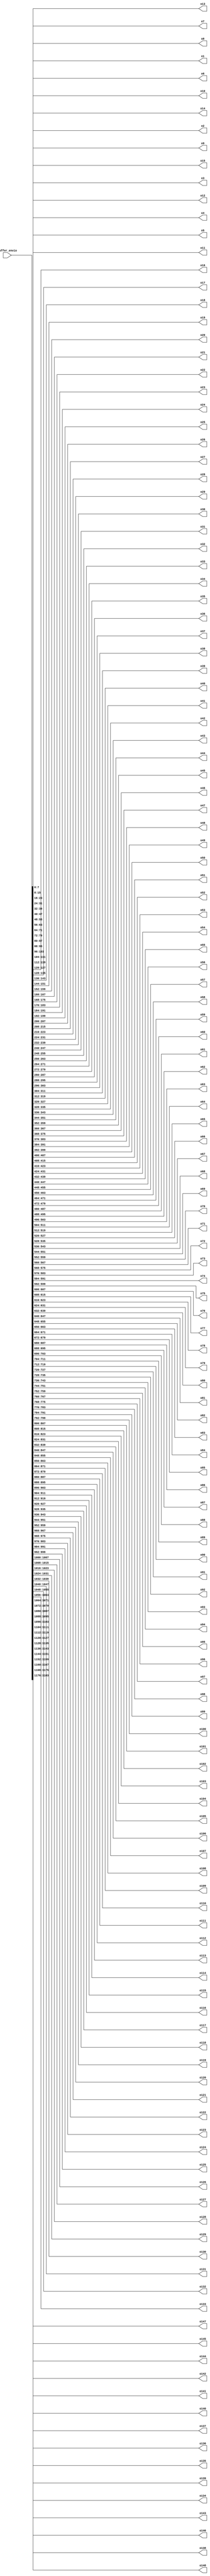
`timescale 1ns / 1ps
//////////////////////////////////////////////////////////////////////////////////
// Company: 
// Engineer: 
// 
// Design Name: 
// Module Name:    divisor_black 
// Project Name: 
// Target Devices: 
// Tool versions: 
// Description: 
//
// Dependencies: 
//
// Revision: 
// Revision 0.01 - File Created
// Additional Comments: 
//
//////////////////////////////////////////////////////////////////////////////////
module divisor_black(
	input wire [1183:0]buffer_envio,
	output reg [7:0]o1,
	output reg [7:0]o2,
	output reg [7:0]o3,
	output reg [7:0]o4,
	output reg [7:0]o5,
	output reg [7:0]o6,
	output reg [7:0]o7,
	output reg [7:0]o8,
	output reg [7:0]o9,
	output reg [7:0]o10,
	output reg [7:0]o11,
	output reg [7:0]o12,
	output reg [7:0]o13,
	output reg [7:0]o14,
	output reg [7:0]o15,
	output reg [7:0]o16,
	output reg [7:0]o17,
	output reg [7:0]o18,
	output reg [7:0]o19,
	output reg [7:0]o20,
	output reg [7:0]o21,
	output reg [7:0]o22,
	output reg [7:0]o23,
	output reg [7:0]o24,
	output reg [7:0]o25,
	output reg [7:0]o26,
	output reg [7:0]o27,
	output reg [7:0]o28,
	output reg [7:0]o29,
	output reg [7:0]o30,
	output reg [7:0]o31,
	output reg [7:0]o32,
	output reg [7:0]o33,
	output reg [7:0]o34,
	output reg [7:0]o35,
	output reg [7:0]o36,
	output reg [7:0]o37,
	output reg [7:0]o38,
	output reg [7:0]o39,
	output reg [7:0]o40,
	output reg [7:0]o41,
	output reg [7:0]o42,
	output reg [7:0]o43,
	output reg [7:0]o44,
	output reg [7:0]o45,
	output reg [7:0]o46,
	output reg [7:0]o47,
	output reg [7:0]o48,
	output reg [7:0]o49,
	output reg [7:0]o50,
	output reg [7:0]o51,
	output reg [7:0]o52,
	output reg [7:0]o53,
	output reg [7:0]o54,
	output reg [7:0]o55,
	output reg [7:0]o56,
	output reg [7:0]o57,
	output reg [7:0]o58,
	output reg [7:0]o59,
	output reg [7:0]o60,
	output reg [7:0]o61,
	output reg [7:0]o62,
	output reg [7:0]o63,
	output reg [7:0]o64,
	output reg [7:0]o65,
	output reg [7:0]o66,
	output reg [7:0]o67,
	output reg [7:0]o68,
	output reg [7:0]o69,
	output reg [7:0]o70,
	output reg [7:0]o71,
	output reg [7:0]o72,
	output reg [7:0]o73,
	output reg [7:0]o74,
	output reg [7:0]o75,
	output reg [7:0]o76,
	output reg [7:0]o77,
	output reg [7:0]o78,
	output reg [7:0]o79,
	output reg [7:0]o80,
	output reg [7:0]o81,
	output reg [7:0]o82,
	output reg [7:0]o83,
	output reg [7:0]o84,
	output reg [7:0]o85,
	output reg [7:0]o86,
	output reg [7:0]o87,
	output reg [7:0]o88,
	output reg [7:0]o89,
	output reg [7:0]o90,
	output reg [7:0]o91,
	output reg [7:0]o92,
	output reg [7:0]o93,
	output reg [7:0]o94,
	output reg [7:0]o95,
	output reg [7:0]o96,
	output reg [7:0]o97,
	output reg [7:0]o98,
	output reg [7:0]o99,
	output reg [7:0]o100,
	output reg [7:0]o101,
	output reg [7:0]o102,
	output reg [7:0]o103,
	output reg [7:0]o104,
	output reg [7:0]o105,
	output reg [7:0]o106,
	output reg [7:0]o107,
	output reg [7:0]o108,
	output reg [7:0]o109,
	output reg [7:0]o110,
	output reg [7:0]o111,
	output reg [7:0]o112,
	output reg [7:0]o113,
	output reg [7:0]o114,
	output reg [7:0]o115,
	output reg [7:0]o116,
	output reg [7:0]o117,
	output reg [7:0]o118,
	output reg [7:0]o119,
	output reg [7:0]o120,
	output reg [7:0]o121,
	output reg [7:0]o122,
	output reg [7:0]o123,
	output reg [7:0]o124,
	output reg [7:0]o125,
	output reg [7:0]o126,
	output reg [7:0]o127,
	output reg [7:0]o128,
	output reg [7:0]o129,
	output reg [7:0]o130,
	output reg [7:0]o131,
	output reg [7:0]o132,
	output reg [7:0]o133,
	output reg [7:0]o134,
	output reg [7:0]o135,
	output reg [7:0]o136,
	output reg [7:0]o137,
	output reg [7:0]o138,
	output reg [7:0]o139,
	output reg [7:0]o140,
	output reg [7:0]o141,
	output reg [7:0]o142,
	output reg [7:0]o143,
	output reg [7:0]o144,
	output reg [7:0]o145,
	output reg [7:0]o146,
	output reg [7:0]o147,
	output reg [7:0]o148
 );

always@(*)
begin
	o1 <= buffer_envio[7:0];
	o2 <= buffer_envio[15:8];
	o3 <= buffer_envio[23:16];
	o4 <= buffer_envio[31:24];
	o5 <= buffer_envio[39:32];
	o6 <= buffer_envio[47:40];
	o7 <= buffer_envio[55:48];
	o8 <= buffer_envio[63:56];
	o9 <= buffer_envio[71:64];
	o10 <= buffer_envio[79:72];
	o11 <= buffer_envio[87:80];
	o12 <= buffer_envio[95:88];
	o13 <= buffer_envio[103:96];
	o14 <= buffer_envio[111:104];
	o15 <= buffer_envio[119:112];
	o16 <= buffer_envio[127:120];
	o17 <= buffer_envio[135:128];
	o18 <= buffer_envio[143:136];
	o19 <= buffer_envio[151:144];
	o20 <= buffer_envio[159:152];
	o21 <= buffer_envio[167:160];
	o22 <= buffer_envio[175:168];
	o23 <= buffer_envio[183:176];
	o24 <= buffer_envio[191:184];
	o25 <= buffer_envio[199:192];
	o26 <= buffer_envio[207:200];
	o27 <= buffer_envio[215:208];
	o28 <= buffer_envio[223:216];
	o29 <= buffer_envio[231:224];
	o30 <= buffer_envio[239:232];
	o31 <= buffer_envio[247:240];
	o32 <= buffer_envio[255:248];
	o33 <= buffer_envio[263:256];
	o34 <= buffer_envio[271:264];
	o35 <= buffer_envio[279:272];
	o36 <= buffer_envio[287:280];
	o37 <= buffer_envio[295:288];
	o38 <= buffer_envio[303:296];
	o39 <= buffer_envio[311:304];
	o40 <= buffer_envio[319:312];
	o41 <= buffer_envio[327:320];
	o42 <= buffer_envio[335:328];
	o43 <= buffer_envio[343:336];
	o44 <= buffer_envio[351:344];
	o45 <= buffer_envio[359:352];
	o46 <= buffer_envio[367:360];
	o47 <= buffer_envio[375:368];
	o48 <= buffer_envio[383:376];
	o49 <= buffer_envio[391:384];
	o50 <= buffer_envio[399:392];
	o51 <= buffer_envio[407:400];
	o52 <= buffer_envio[415:408];
	o53 <= buffer_envio[423:416];
	o54 <= buffer_envio[431:424];
	o55 <= buffer_envio[439:432];
	o56 <= buffer_envio[447:440];
	o57 <= buffer_envio[455:448];
	o58 <= buffer_envio[463:456];
	o59 <= buffer_envio[471:464];
	o60 <= buffer_envio[479:472];
	o61 <= buffer_envio[487:480];
	o62 <= buffer_envio[495:488];
	o63 <= buffer_envio[503:496];
	o64 <= buffer_envio[511:504];
	o65 <= buffer_envio[519:512];
	o66 <= buffer_envio[527:520];
	o67 <= buffer_envio[535:528];
	o68 <= buffer_envio[543:536];
	o69 <= buffer_envio[551:544];
	o70 <= buffer_envio[559:552];
	o71 <= buffer_envio[567:560];
	o72 <= buffer_envio[575:568];
	o73 <= buffer_envio[583:576];
	o74 <= buffer_envio[591:584];
	o75 <= buffer_envio[599:592];
	o76 <= buffer_envio[607:600];
	o77 <= buffer_envio[615:608];
	o78 <= buffer_envio[623:616];
	o79 <= buffer_envio[631:624];
	o80 <= buffer_envio[639:632];
	o81 <= buffer_envio[647:640];
	o82 <= buffer_envio[655:648];
	o83 <= buffer_envio[663:656];
	o84 <= buffer_envio[671:664];
	o85 <= buffer_envio[679:672];
	o86 <= buffer_envio[687:680];
	o87 <= buffer_envio[695:688];
	o88 <= buffer_envio[703:696];
	o89 <= buffer_envio[711:704];
	o90 <= buffer_envio[719:712];
	o91 <= buffer_envio[727:720];
	o92 <= buffer_envio[735:728];
	o93 <= buffer_envio[743:736];
	o94 <= buffer_envio[751:744];
	o95 <= buffer_envio[759:752];
	o96 <= buffer_envio[767:760];
	o97 <= buffer_envio[775:768];
	o98 <= buffer_envio[783:776];
	o99 <= buffer_envio[791:784];
	o100 <= buffer_envio[799:792];
	o101 <= buffer_envio[807:800];
	o102 <= buffer_envio[815:808];
	o103 <= buffer_envio[823:816];
	o104 <= buffer_envio[831:824];
	o105 <= buffer_envio[839:832];
	o106 <= buffer_envio[847:840];
	o107 <= buffer_envio[855:848];
	o108 <= buffer_envio[863:856];
	o109 <= buffer_envio[871:864];
	o110 <= buffer_envio[879:872];
	o111 <= buffer_envio[887:880];
	o112 <= buffer_envio[895:888];
	o113 <= buffer_envio[903:896];
	o114 <= buffer_envio[911:904];
	o115 <= buffer_envio[919:912];
	o116 <= buffer_envio[927:920];
	o117 <= buffer_envio[935:928];
	o118 <= buffer_envio[943:936];
	o119 <= buffer_envio[951:944];
	o120 <= buffer_envio[959:952];
	o121 <= buffer_envio[967:960];
	o122 <= buffer_envio[975:968];
	o123 <= buffer_envio[983:976];
	o124 <= buffer_envio[991:984];
	o125 <= buffer_envio[999:992];
	o126 <= buffer_envio[1007:1000];
	o127 <= buffer_envio[1015:1008];
	o128 <= buffer_envio[1023:1016];
	o129 <= buffer_envio[1031:1024];
	o130 <= buffer_envio[1039:1032];
	o131 <= buffer_envio[1047:1040];
	o132 <= buffer_envio[1055:1048];
	o133 <= buffer_envio[1063:1056];
	o134 <= buffer_envio[1071:1064];
	o135 <= buffer_envio[1079:1072];
	o136 <= buffer_envio[1087:1080];
	o137 <= buffer_envio[1095:1088];
	o138 <= buffer_envio[1103:1096];
	o139 <= buffer_envio[1111:1104];
	o140 <= buffer_envio[1119:1112];
	o141 <= buffer_envio[1127:1120];
	o142 <= buffer_envio[1135:1128];
	o143 <= buffer_envio[1143:1136];
	o144 <= buffer_envio[1151:1144];
	o145 <= buffer_envio[1159:1152];
	o146 <= buffer_envio[1167:1160];
	o147 <= buffer_envio[1175:1168];
	o148 <= buffer_envio[1183:1176];
end

endmodule